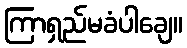
ကြာရှည်မခံပါချေ။